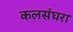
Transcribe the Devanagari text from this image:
कलसंघरा